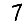
Digit: 7